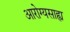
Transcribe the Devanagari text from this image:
आरोग्यसाह्य